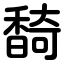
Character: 䭲